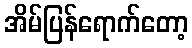
အိမ်ပြန်ရောက်တော့